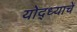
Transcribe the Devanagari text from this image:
योद्ध्याचे